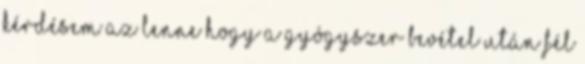
kérdésem az lenne hogy a gyógyszer bevétel után fél